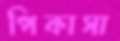
পিকাসা